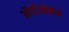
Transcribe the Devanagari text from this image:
औटीओसस